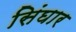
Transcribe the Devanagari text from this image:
सिंघार